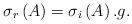
LaTeX: \begin{align*}\sigma_r\left(A\right)=\sigma_i\left(A\right).g.\end{align*}